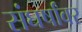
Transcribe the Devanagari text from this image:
संघर्षांवर